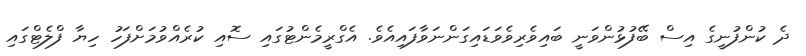
ދެ ކުންފުނީގެ އިސް ބޭފުޅުންވަނީ ބައިވެރިވެވަޑައިގަންނަވާފައިއެވެ. އެގްރީމެންޓުގައި ސޮއި ކުރެއްވުމަށްފަހު ހިޔާ ފްލެޓްގައި